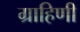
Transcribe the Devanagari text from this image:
ग्राहिणी